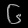
Digit: ၆